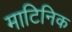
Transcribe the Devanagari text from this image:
माटिनिक